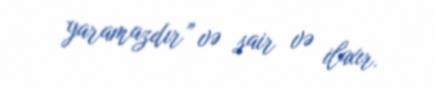
yaramazdır” və sair və ilaxır.